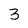
Character: 3